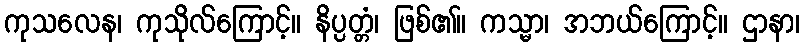
ကုသလေန၊ ကုသိုလ်ကြောင့်။ နိပ္ပတ္တံ၊ ဖြစ်၏။ ကသ္မာ၊ အဘယ်ကြောင့်။ ဌာနာ၊